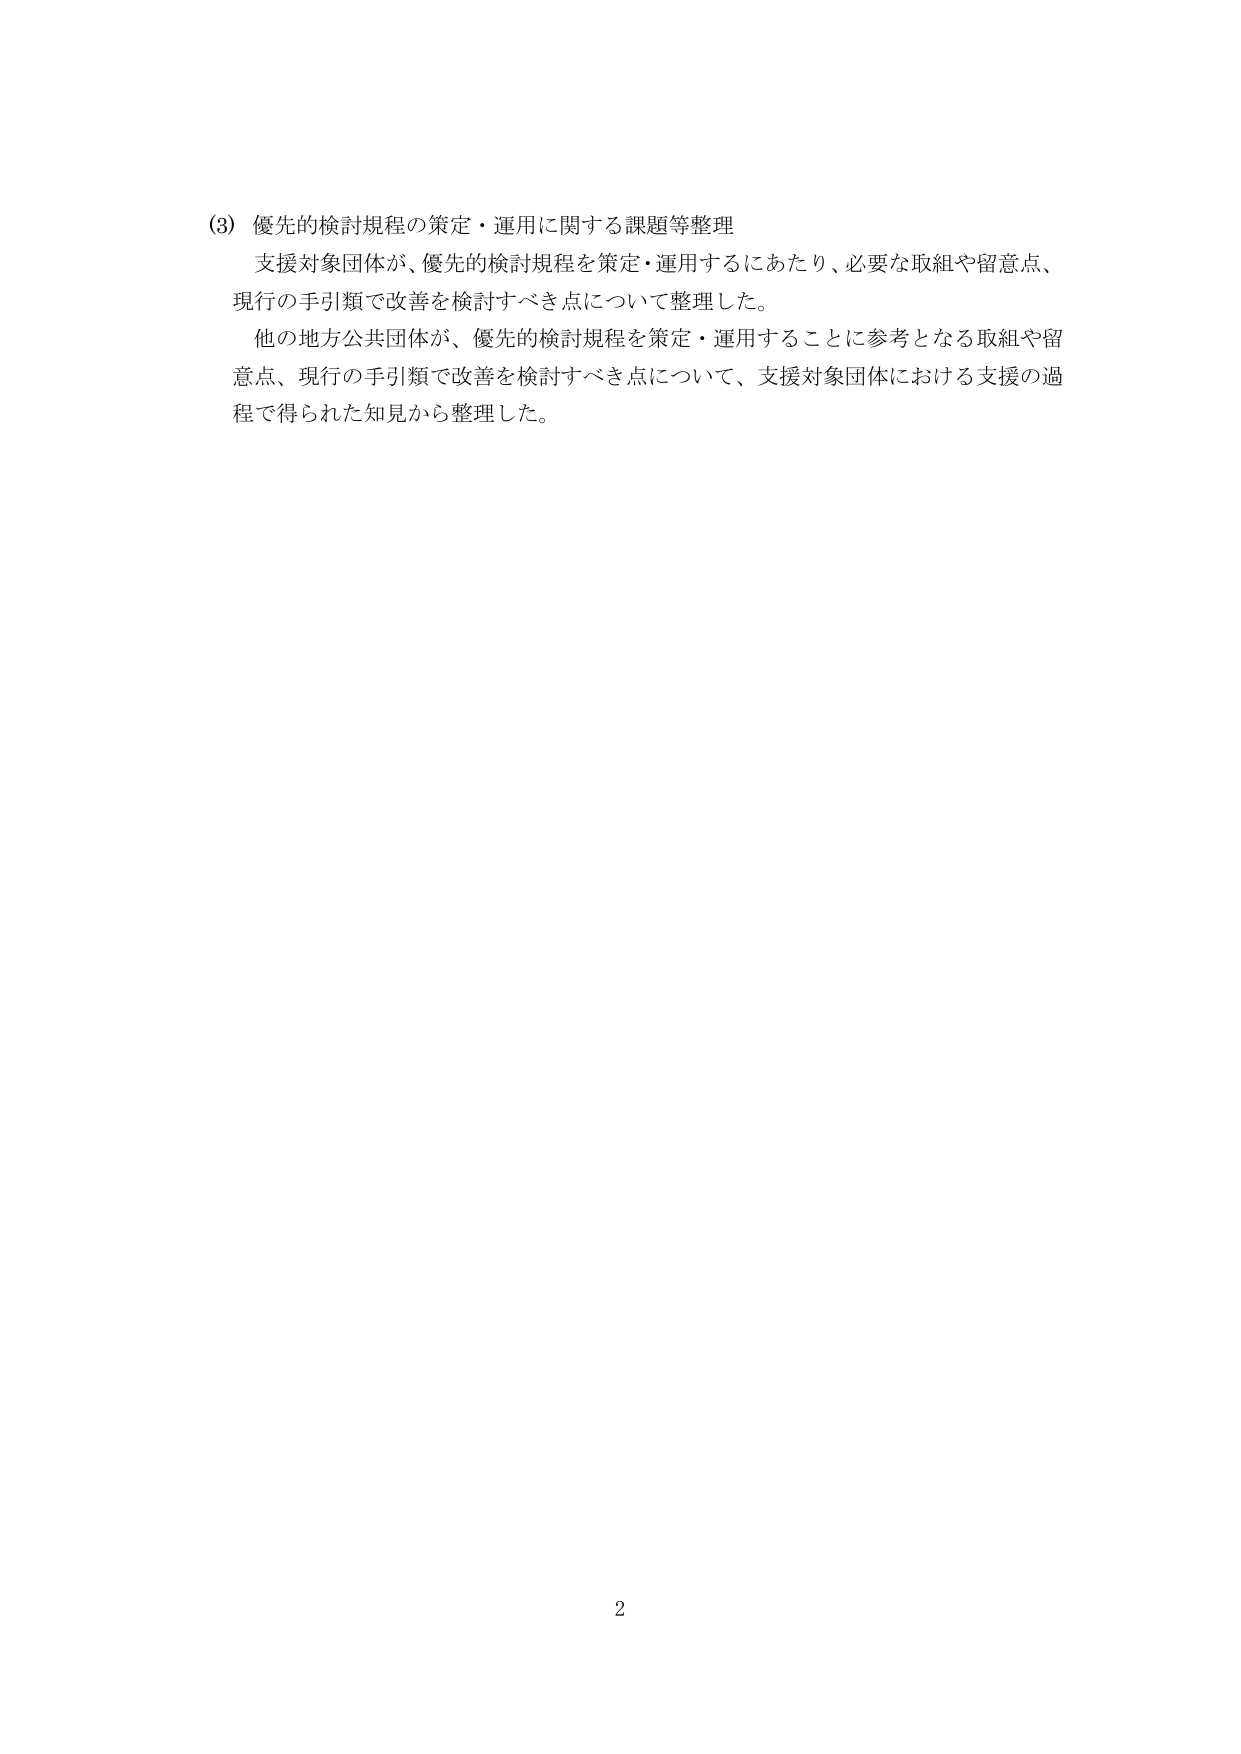
(3) 優先的検討規程の策定・運用に関する課題等整理
支援対象団体が、優先的検討規程を策定・運用するにあたり、必要な取組や留意点、
現行の手引類で改善を検討すべき点について整理した。
他の地方公共団体が、優先的検討規程を策定・運用することに参考となる取組や留意点、現行の手引類で改善を検討すべき点について、支援対象団体における支援の過程で得られた知見から整理した。

2